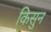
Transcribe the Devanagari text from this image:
किसुन